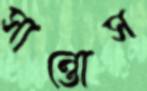
সান্তোস